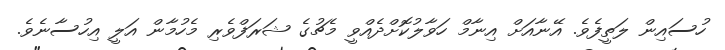
ހުސައިން ލަތީފެވެ. އޭނާއަށް އިނާމް ހަވާލުކޮށްދެއްވީ މެޗުގެ ޝަރަފްވެރި މެހުމާން އަލީ އިހުސާނެވެ.